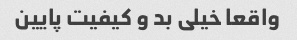
واقعا خیلی بد و کیفیت پایین